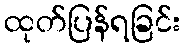
ထုတ်ပြန်ရခြင်း